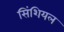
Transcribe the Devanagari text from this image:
सिंशियल